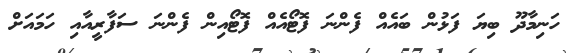
ހަނިމާދޫ ބިޔަ ފަޅުން ބައެއް ފެންނަ ފޮޓޯއެއް ފޮޓޯއިން ފެންނަ ސަފާރީއާއި ހަމައަށް